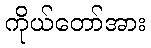
ကိုယ်တော်အား